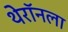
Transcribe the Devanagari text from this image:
थेरॉनला